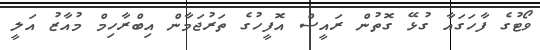
ވޯޓުގެ ފާހަގައާ ގުޅޭ ގޮތުން ރައީސް އޮފީހުގެ ތަރުޖަމާން އިބްރާހިމް މުއާޒު އަލީ